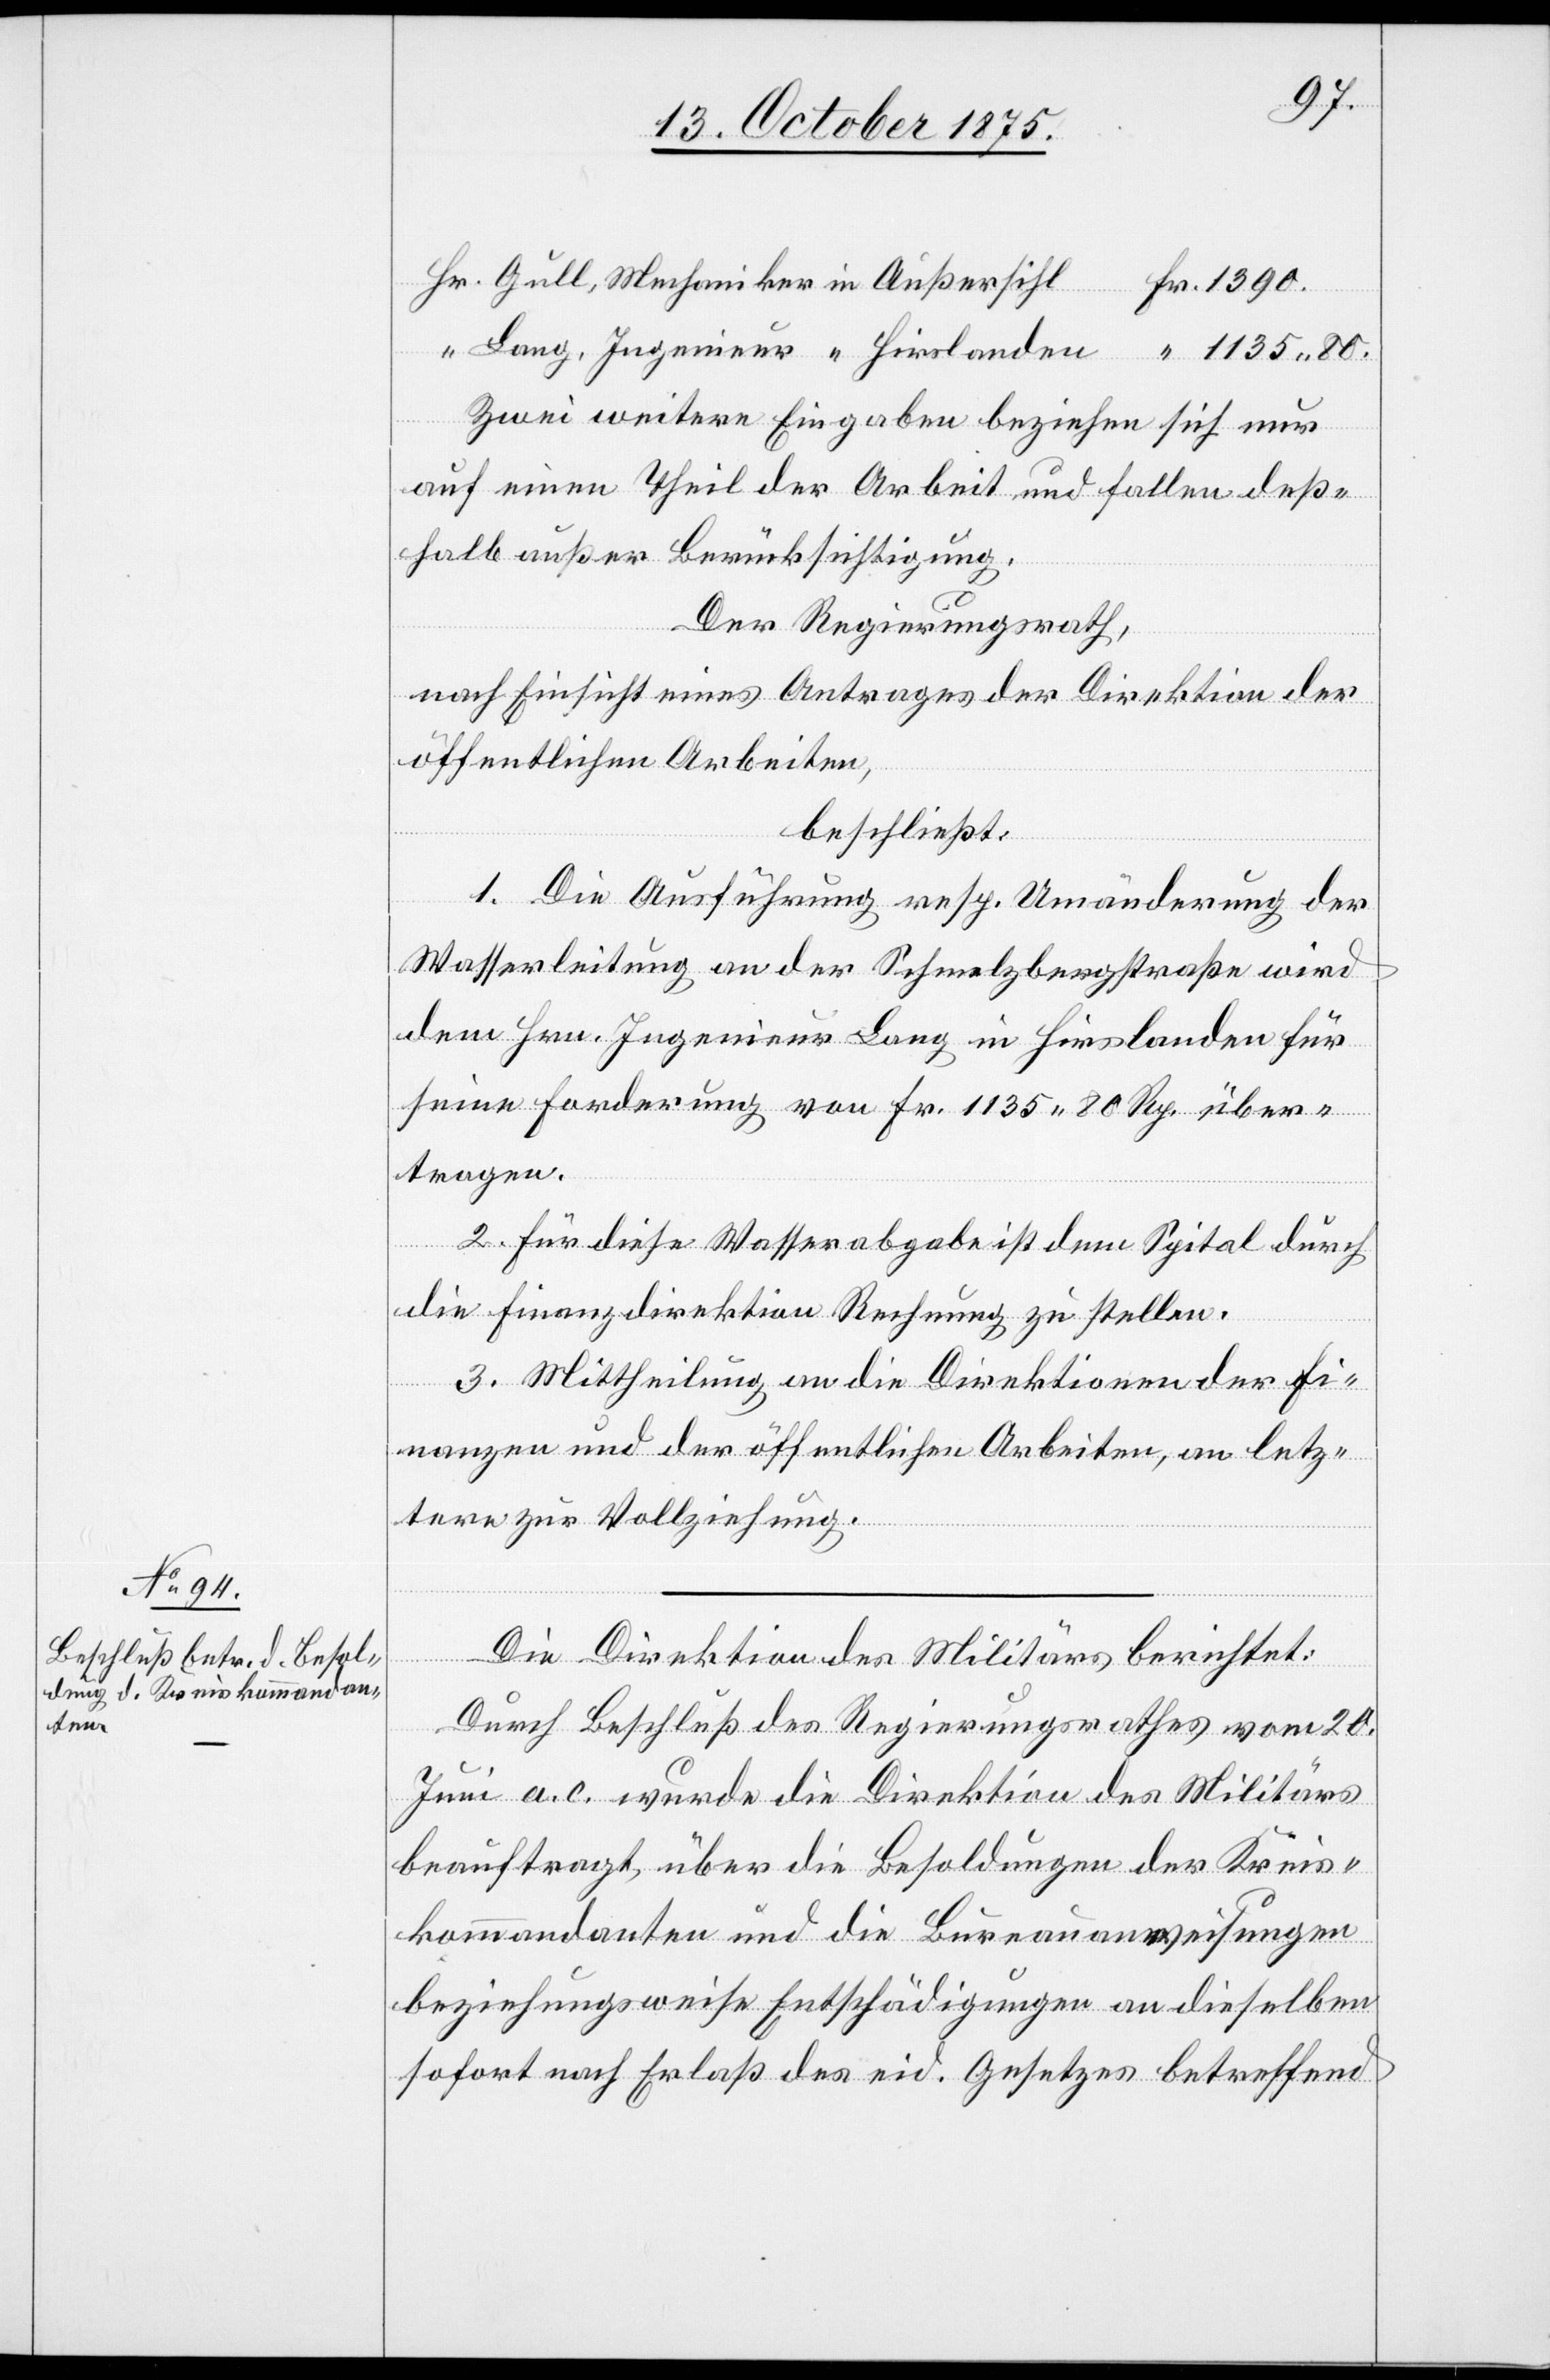
land¬
en
Zwei weitere Eingaben beziehen sich nur
auf einen Theil der Arbeit und fallen deß¬
halb außer Berücksichtigung.
Der Regierungsrath,
nach Einsicht eines Antrages der Direktion der
öffentlichen Arbeiten,
beschließt:
1. Die Ausführung resp. Umänderung der
Wasserleitung an der Schmelzbergstraße wird
dem Hrn. Ingenieur Lang in Hirslanden für
seine Forderung von Fr. 1135 80 Rp. über¬
tragen.
2. Für diese Wasserabgabe ist dem Spital durch
die Finanzdirektion Rechnung zu stellen.
3. Mittheilung an die Direktionen der Fi¬
nanzen und der öffentlichen Arbeiten, an letz¬
tere zur Vollziehung.
Die Direktion des Militärs berichtet:
Durch Beschluß des Regierungsrathes vom 20.
Juni a. c. wurde die Direktion des Militärs
beauftragt, über die Besoldungen der Kreis¬
kommandanten und die Bureauanweisungen
beziehungsweise Entschädigungen an dieselben
sofort nach Erlaß des eid. Gesetzes betreffend